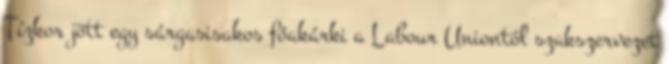
Tízkor jött egy sárgasisakos főakárki a Labour Uniontól szakszervezet